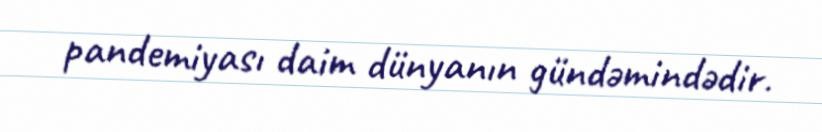
pandemiyası daim dünyanın gündəmindədir.